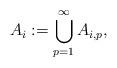
LaTeX: \begin{align*} A_i := \bigcup_{p=1}^{\infty} A_{i, p}, \end{align*}